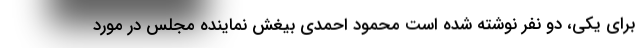
برای یکی، دو نفر نوشته شده است محمود احمدی بیغش نماینده مجلس در مورد